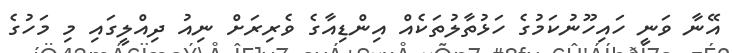
އޭނާ ވަނީ ހައިހޫނުކަމުގެ ހަޅުތާލުތަކެއް އިންޑިއާގެ ވެރިރަށް ނިއު ދިއްލީގައި މި މަހުގެ